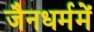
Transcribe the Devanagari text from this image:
जैनधर्ममें